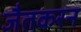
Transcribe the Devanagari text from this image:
जैतकरन